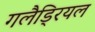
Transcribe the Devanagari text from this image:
गलैड्रियल